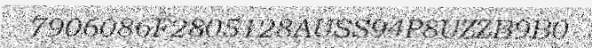
7906086F2805128AUSS94P8UZZB9B0